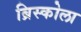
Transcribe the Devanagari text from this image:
ब्रिस्कोला